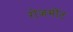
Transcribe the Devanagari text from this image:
रोजमोंट